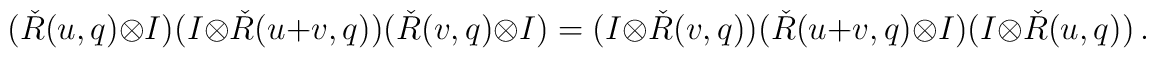
(\check{R}(u,q)\otimes I)(I\otimes \check{R}(u+v,q))(\check{R}(v,q)\otimes I)=(I\otimes \check{R}(v,q))(\check{R}(u+v,q)\otimes I)(I\otimes \check{R}(u,q))\,.